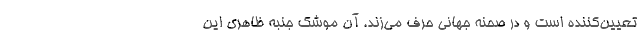
تعیین‌کننده است و در صحنه جهانی حرف می‌زند. آن موشک جنبه ظاهری این